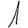
Digit: 1